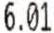
6.01